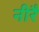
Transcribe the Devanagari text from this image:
नीरै